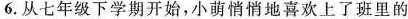
6.从七年级下学期开始，小萌悄悄地喜欢上了班里的